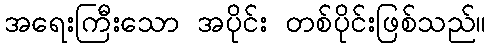
အရေးကြီးသော အပိုင်း တစ်ပိုင်းဖြစ်သည်။